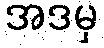
အဒမှ